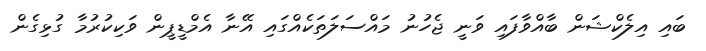
ބައި އިލެކްޝަން ބާއްވާފައި ވަނީ ޖެހުނު މައްސަލަތަކެއްގައި އޭނާ އެމްޑީޕީން ވަކިކުރުމާ ގުޅިގެން